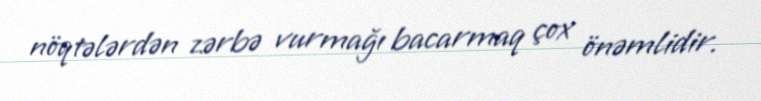
nöqtələrdən zərbə vurmağı bacarmaq çox önəmlidir.